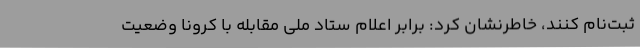
ثبت‌نام کنند، خاطرنشان کرد: برابر اعلام ستاد ملی مقابله با کرونا وضعیت